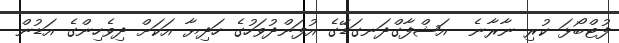
ފުޓްބޯޅަ ކުރި ނާރާނެ  އަޝްފާގްދަނގަޑޭގެ އުފަންދުވަހުގެ ހަދިޔާ އަކަށް ދިވެހިންގެ އަޑުން